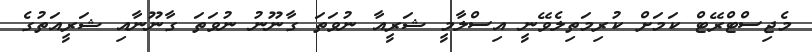
މެޖިސްޓްރޭޓް ކަމަށް ކުރިމަތިލެވޭނީ އިސްލާމީ ޝަރީއާ ނުވަތަ ގާނޫނު ނުވަތަ ގާނޫނާއި ޝަރީއަތުގެ